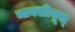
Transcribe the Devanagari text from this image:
माक्सीमूस्